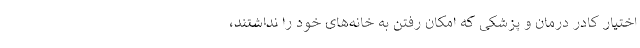
اختیار کادر درمان و پزشکی که امکان رفتن به خانه‌های خود را نداشتند،